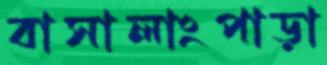
বাসালাংপাড়া